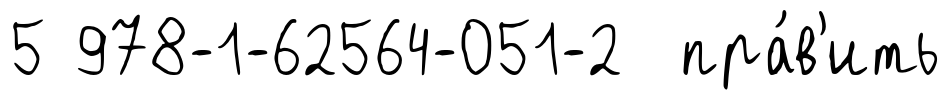
5 978-1-62564-051-2 пра́в'ить